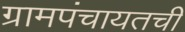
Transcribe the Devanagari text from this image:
ग्रामपंचायतची